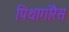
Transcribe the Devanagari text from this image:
पिथागोरैस